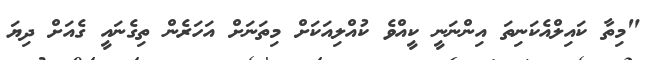
"މިތާ ކައިލްއެކަނިތަ އިންނަނީ ކީއްވެ ކުއްލިއަކަށް މިތަނަށް އަހަރެން ތިގެނައީ ގެއަށް ދިޔަ